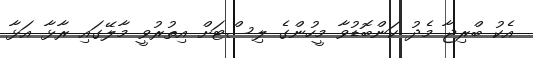
އެކު ބްރިޖާ މެދު ކަންބޮޑުވާ މީހުންގެ ލިސްޓަށް އިތުރުވީ މާލޭގައި ރާޅާ އަޅާ